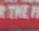
the